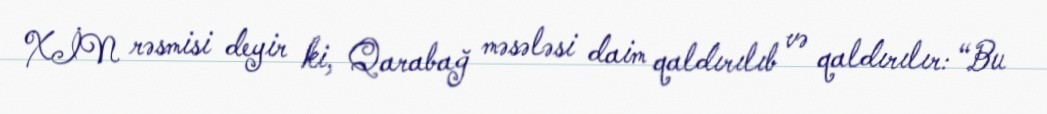
XİN rəsmisi deyir ki, Qarabağ məsələsi daim qaldırılıb və qaldırılır: “Bu